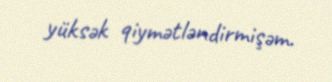
yüksək qiymətləndirmişəm.